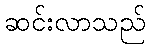
ဆင်းလာသည်